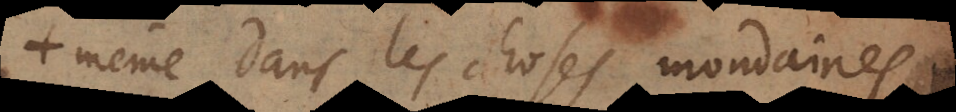
même dans les choses mondaines